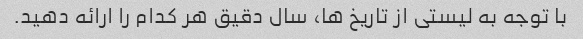
با توجه به لیستی از تاریخ ها، سال دقیق هر کدام را ارائه دهید.